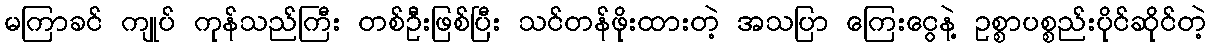
မကြာခင် ကျုပ် ကုန်သည်ကြီး တစ်ဦးဖြစ်ပြီး သင်တန်ဖိုးထားတဲ့ အသပြာ ကြေးငွေနဲ့ ဥစ္စာပစ္စည်းပိုင်ဆိုင်တဲ့